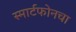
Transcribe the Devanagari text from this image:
स्मार्टफोनचा